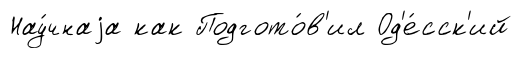
Нау́чнаjа как Подгото́в'ил Од'е́сск'ий